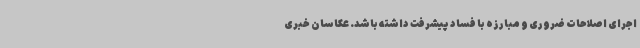
اجرای اصلاحات ضروری و مبارزه با فساد پیشرفت داشته باشد. عکاسان خبری